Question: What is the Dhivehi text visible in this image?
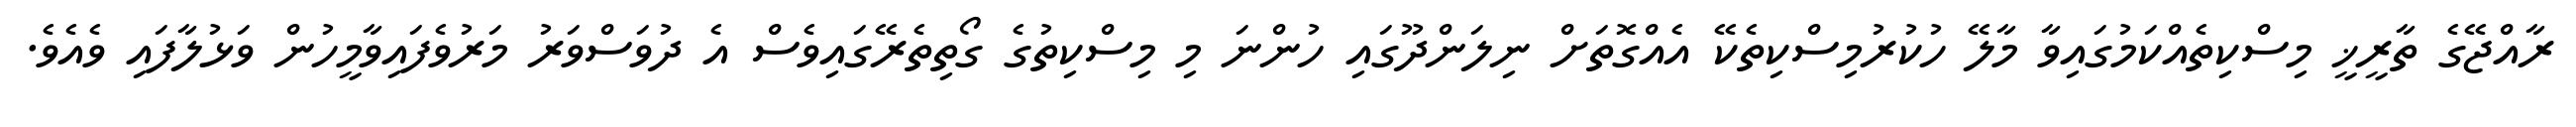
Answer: ރާއްޖޭގެ ތާރީޚީ މިސްކިތެއްކަމުގައިވާ މާލޭ ހުކުރުމިސްކިތެކޭ އެއްގޮތަށް ނިލަންދޫގައި ހުންނަ މި މިސްކިތުގެ ގޯތިތެރޭގައިވެސް އެ ދުވަސްވަރު މަރުވެފައިވާމީހުން ވަޅުލާފައި ވެއެވެ.